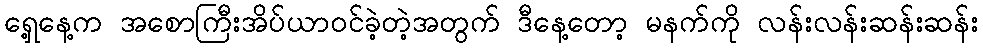
ရှေ့နေ့က အစောကြီးအိပ်ယာ၀င်ခဲ့တဲ့အတွက် ဒီနေ့တော့ မနက်ကို လန်းလန်းဆန်းဆန်း